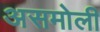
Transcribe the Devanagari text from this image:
असमोली